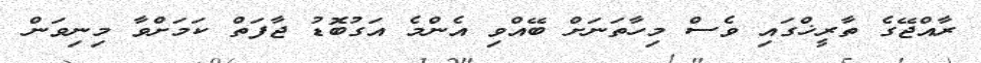
ރާއްޖޭގެ ތާރީޚްގައި ވެސް މިހާތަނަށް ބޭއްވި އެންމެ އަގުބޮޑު ޖާފަތް ކަމަށްވާ މިނިވަން